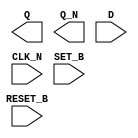
module sky130_fd_sc_ms__dfbbn (
    Q      ,
    Q_N    ,
    D      ,
    CLK_N  ,
    SET_B  ,
    RESET_B
);

    output Q      ;
    output Q_N    ;
    input  D      ;
    input  CLK_N  ;
    input  SET_B  ;
    input  RESET_B;

    // Voltage supply signals
    supply1 VPWR;
    supply0 VGND;
    supply1 VPB ;
    supply0 VNB ;

endmodule